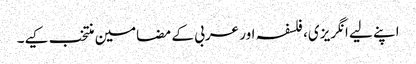
اپنے لیے انگریزی، فلسفہ اور عربی کے مضامین منتخب کیے۔